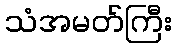
သံအမတ်ကြီး